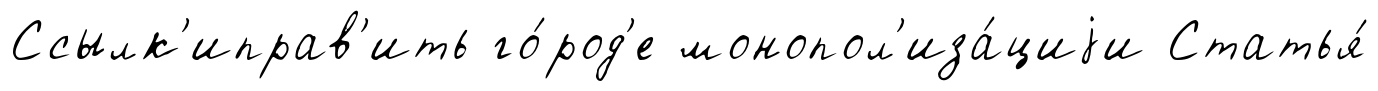
Ссылк'иправ'ить го́род'е монопол'иза́циjи Статья́